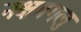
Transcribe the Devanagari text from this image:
नक्षत्रगलु